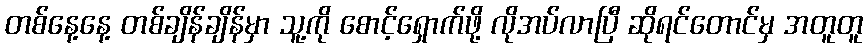
တစ်နေ့နေ့ တစ်ချိန်ချိန်မှာ သူ့ကို စောင့်ရှောက်ဖို့ လိုအပ်လာပြီ ဆိုရင်တောင်မှ အတူတူ